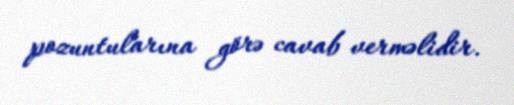
pozuntularına görə cavab verməlidir.